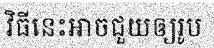
វិធីនេះអាចជួយឲ្យរូប